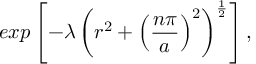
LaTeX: e x p \left[ - \lambda \left( r ^ { 2 } + \left( \frac { n \pi } { a } \right) ^ { 2 } \right) ^ { \frac { 1 } { 2 } } \right] ,